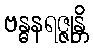
ဗန္ဓနရဇ္ဇုန္တိ